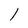
Character: l